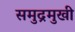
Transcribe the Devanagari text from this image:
समुद्रमुखी